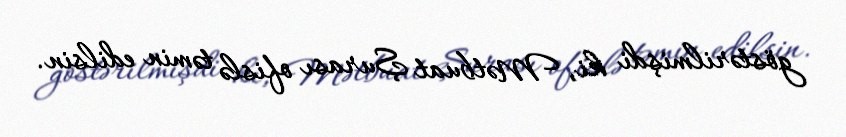
göstərilmişdi ki, Mətbuat Şurası ofislə təmin edilsin.